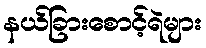
နယ်ခြားစောင့်ရဲများ